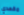
مقعدي